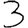
Digit: 3